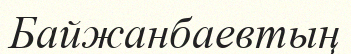
Байжанбаевтың